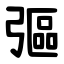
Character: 彄